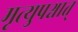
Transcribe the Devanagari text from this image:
मृत्युपश्चात्